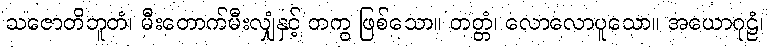
သဇောတိဘူတံ၊ မီးတောက်မီးလျှံနှင့် တကွ ဖြစ်သော။ တတ္တံ၊ လောလောပူသော။ အယောဂုဠံ၊